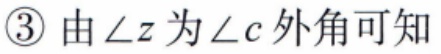
\textcircled{3} 由\(\angle z\)为\(\angle c\)外角可知